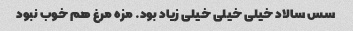
سس سالاد خیلى خیلى خیلى زیاد بود. مزه مرغ هم خوب نبود